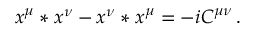
x ^ { \mu } * x ^ { \nu } - x ^ { \nu } * x ^ { \mu } = - i C ^ { \mu \nu } \, .